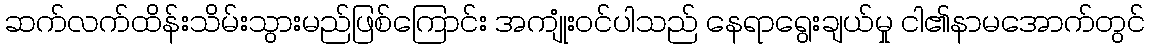
ဆက်လက်ထိန်းသိမ်းသွားမည်ဖြစ်ကြောင်း အကျုံးဝင်ပါသည် နေရာရွေးချယ်မှု ငါ၏နာမအောက်တွင်